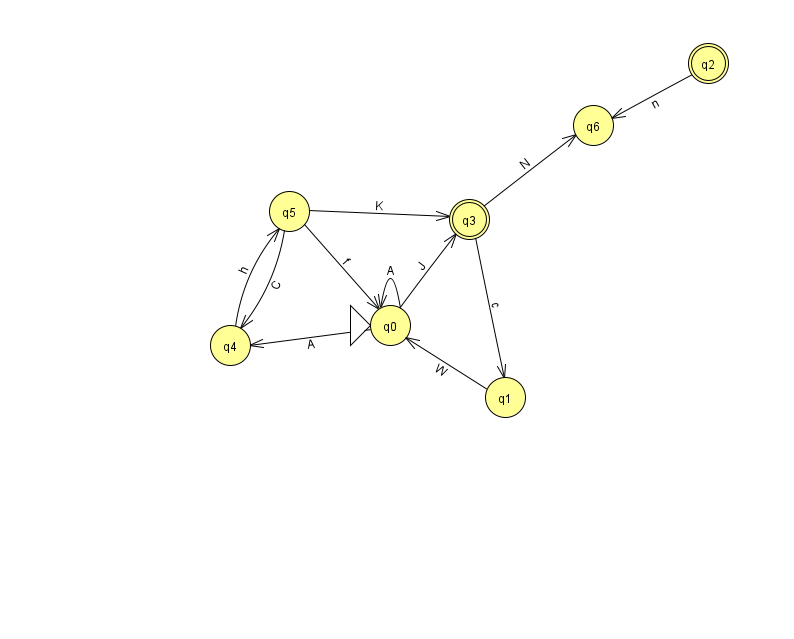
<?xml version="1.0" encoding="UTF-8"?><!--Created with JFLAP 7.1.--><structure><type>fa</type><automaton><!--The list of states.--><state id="0" name="q0"><x>390.0</x><y>312.0</y><initial/></state><state id="1" name="q1"><x>505.0</x><y>384.0</y></state><state id="2" name="q2"><x>708.0</x><y>50.0</y><final/></state><state id="3" name="q3"><x>469.0</x><y>206.0</y><final/></state><state id="4" name="q4"><x>230.0</x><y>332.0</y></state><state id="5" name="q5"><x>289.0</x><y>198.0</y></state><state id="6" name="q6"><x>593.0</x><y>112.0</y></state><!--The list of transitions.--><transition><from>0</from><to>3</to><read>J</read></transition><transition><from>0</from><to>0</to><read>A</read></transition><transition><from>5</from><to>4</to><read>C</read></transition><transition><from>3</from><to>1</to><read>c</read></transition><transition><from>5</from><to>3</to><read>K</read></transition><transition><from>0</from><to>4</to><read>A</read></transition><transition><from>2</from><to>6</to><read>n</read></transition><transition><from>4</from><to>5</to><read>h</read></transition><transition><from>1</from><to>0</to><read>W</read></transition><transition><from>3</from><to>6</to><read>N</read></transition><transition><from>5</from><to>0</to><read>f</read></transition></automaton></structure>